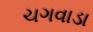
ચગવાડા